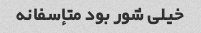
خیلی شور بود متإسفانه